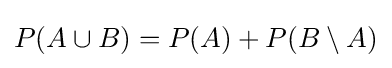
P(A\cup B)=P(A)+P(B\setminus A)